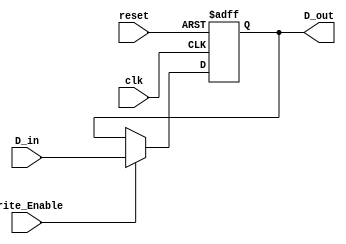
module ForwardingRegister (
    input wire [31:0] D_in,       // 32-bit Data Input
    input wire Write_Enable,      // Control Signal to enable writing
    input wire clk,               // Clock Signal
    input wire reset,             // Asynchronous Reset Signal
    output reg [31:0] D_out       // 32-bit Data Output
);

    // Asynchronous Reset and Write Logic
    always @(posedge clk or posedge reset) begin
        if (reset) begin
            D_out <= 32'b0;       // Clear the register on reset
        end else if (Write_Enable) begin
            D_out <= D_in;        // Update the register with new data if enabled
        end
        // If Write_Enable is low, D_out retains its previous value
    end

endmodule